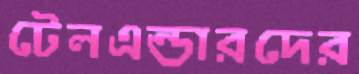
টেলএন্ডারদের